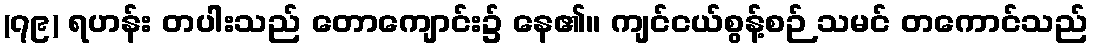
(၇၉) ရဟန်း တပါးသည် တောကျောင်း၌ နေ၏။ ကျင်ငယ်စွန့်စဉ် သမင် တကောင်သည်